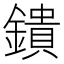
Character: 鐀